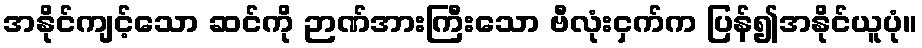
အနိုင်ကျင့်သော ဆင်ကို ဉာဏ်အားကြီးသော ဗီလုံးငှက်က ပြန်၍အနိုင်ယူပုံ။